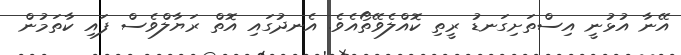
އޭނާ އުޅުނީ އިސްތަށިގަނޑު ރީތި ކޮއްލެވޭތޯއެވެ. އެނދުގައި އޮތް ރަޔާލްވެސް ފައި ކާތަމުން